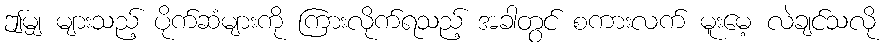
ဤမျှ များသည့် ပိုက်ဆံများကို ကြားလိုက်ရသည့် အခါတွင် စကားလက် မူးမေ့ လဲချင်သလို